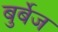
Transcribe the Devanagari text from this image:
बुर्बेज